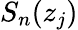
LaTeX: S_{n}(z_{j})